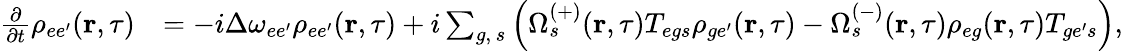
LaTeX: \begin{array}{rl}{\frac{\partial}{\partial t}\rho_{ee^{\prime}}(\textbf{r},\tau)}&{=-i\Delta\omega_{ee^{\prime}}\rho_{{ee^{\prime}}}(\textbf{r},\tau)+i\sum_{g,\, s}\left(\Omega_{s}^{(+)}(\textbf{r},\tau)T_{{eg}s}\rho_{{ge^{\prime}}}(\textbf{r},\tau)-\Omega_{s}^{(-)}(\textbf{r},\tau)\rho_{{eg}}(\textbf{r},\tau)T_{{ge^{\prime}}s}\right),}\end{array}